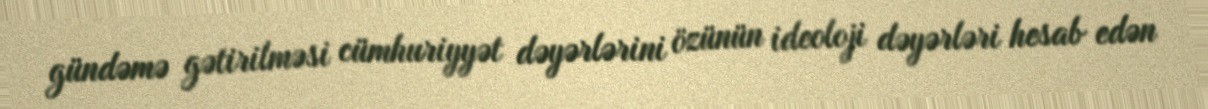
gündəmə gətirilməsi cümhuriyyət dəyərlərini özünün ideoloji dəyərləri hesab edən